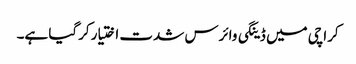
کراچی میں ڈینگی وائرس شدت اختیار کرگیا ہے۔